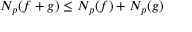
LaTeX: N _ { p } ( f + g ) \leq N _ { p } ( f ) + N _ { p } ( g )